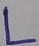
Text: L